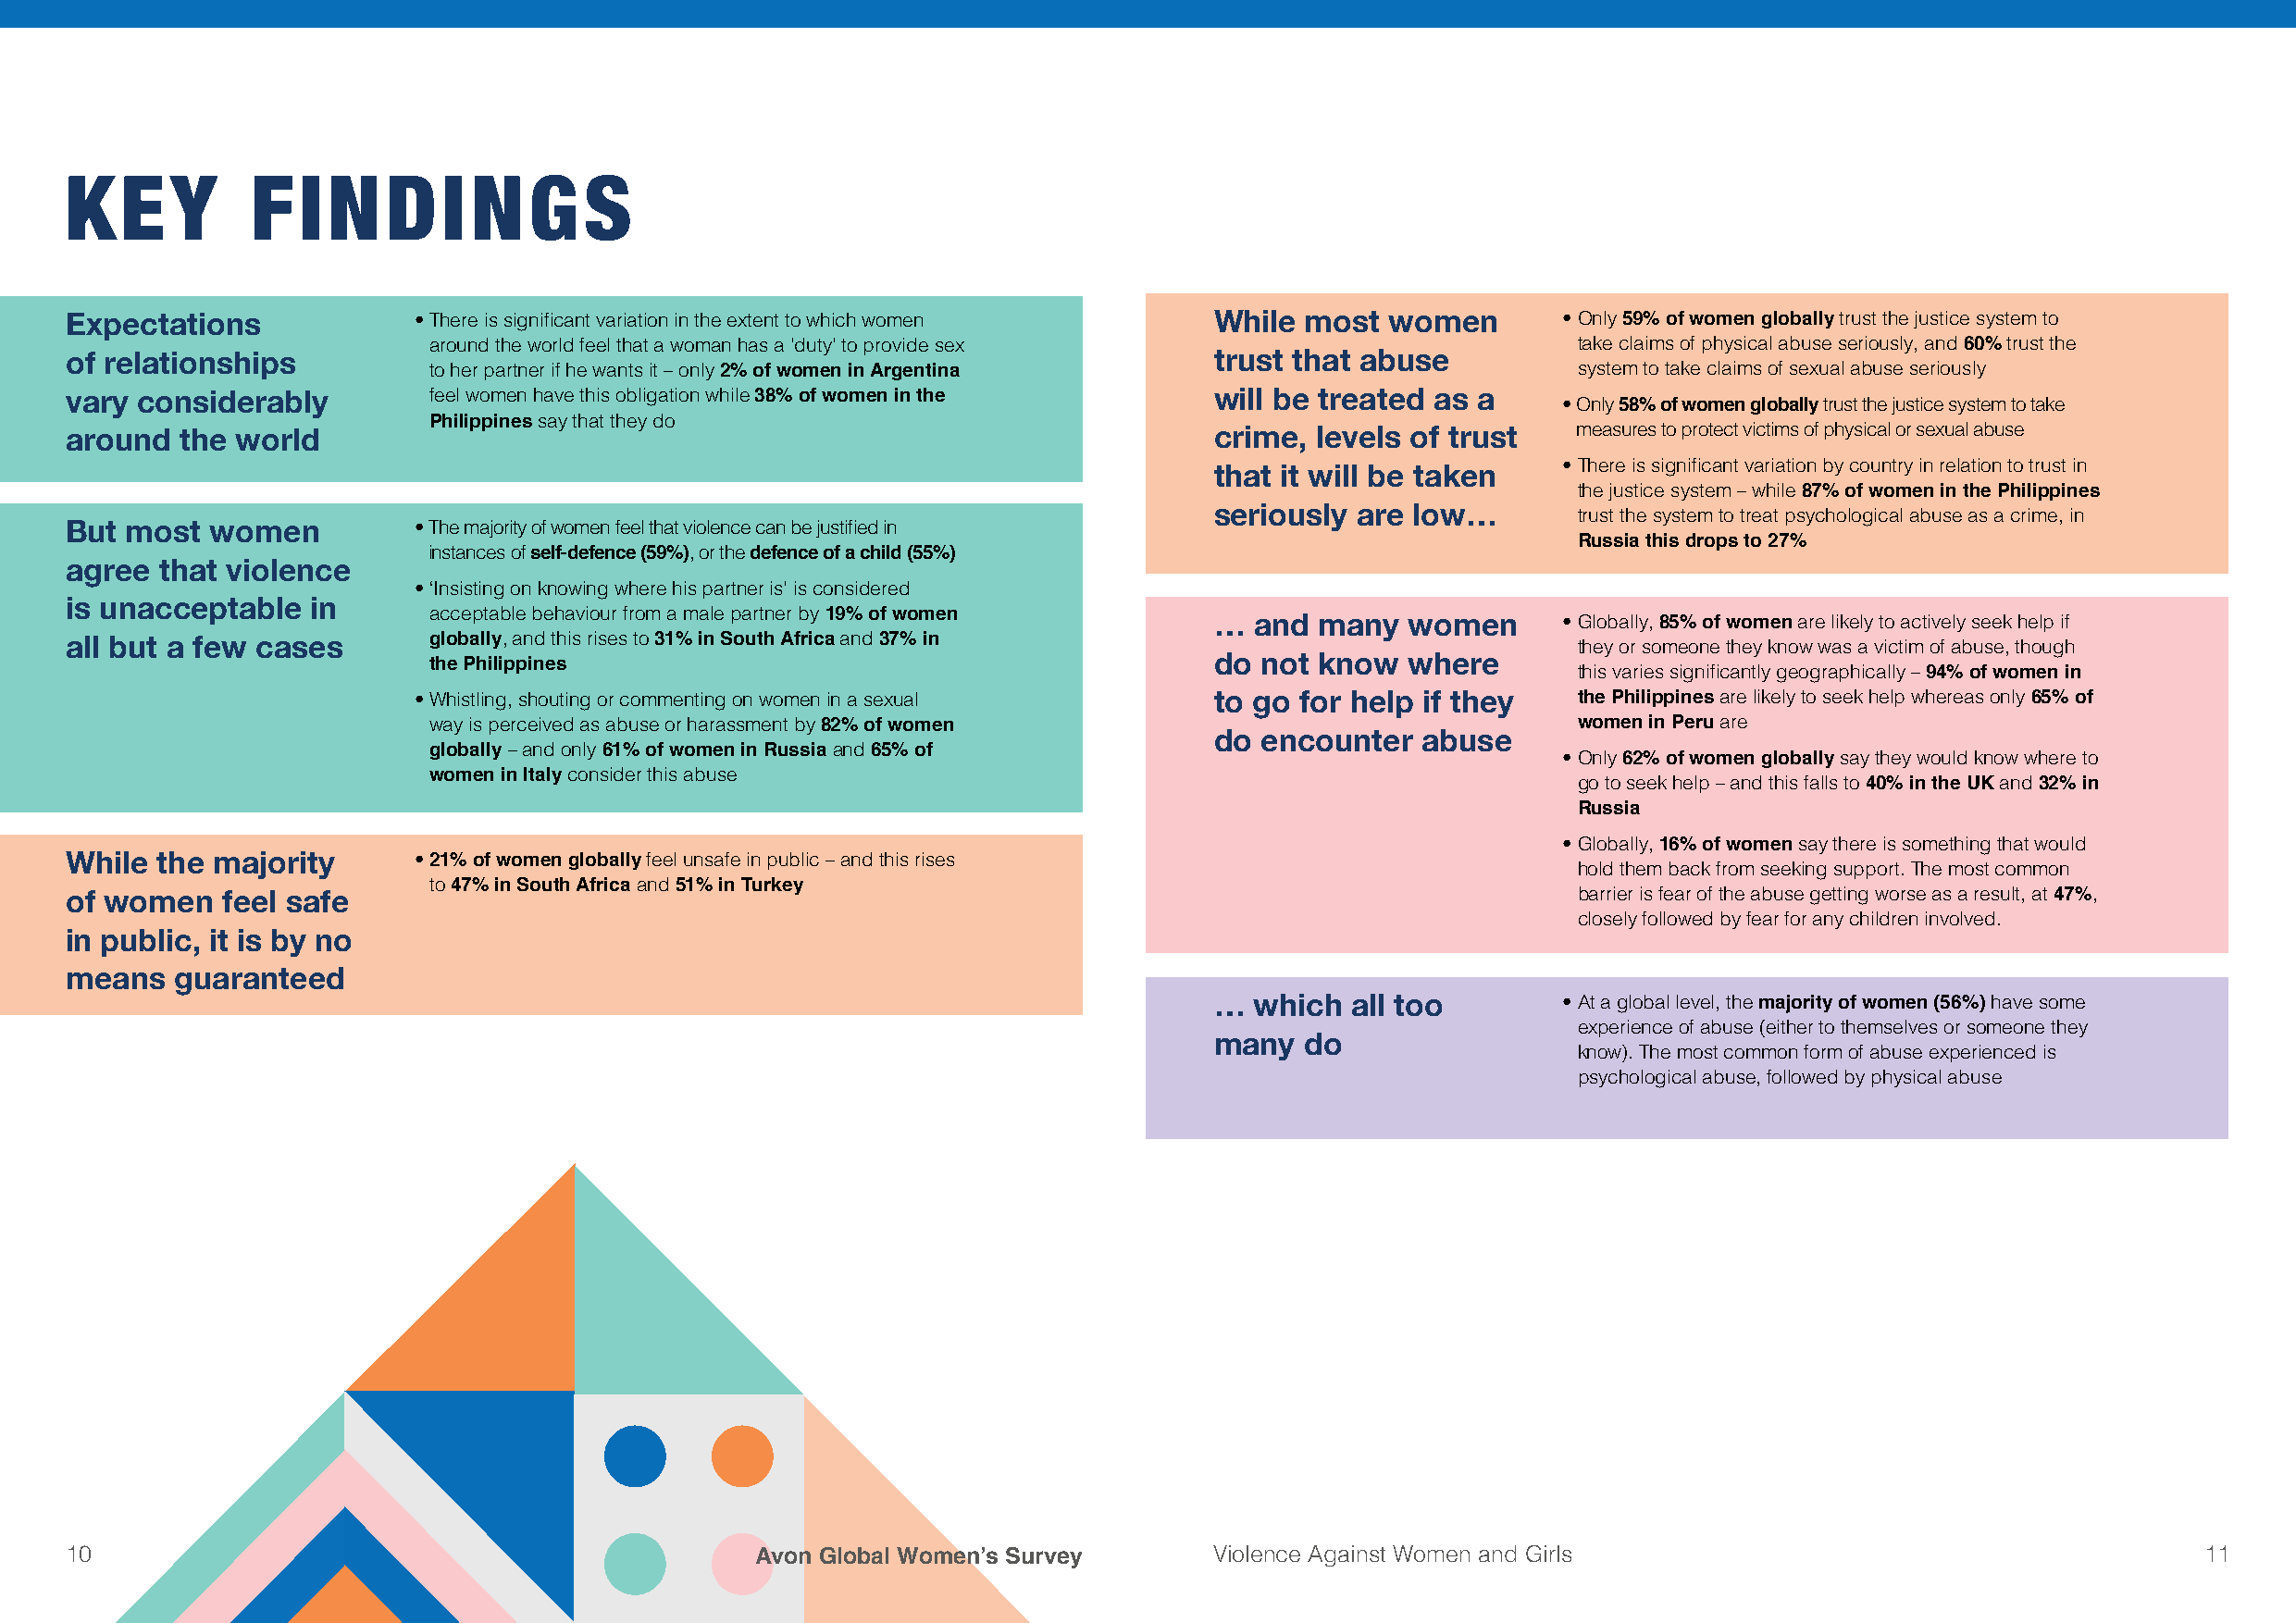
KEY          FINDINGS
 Expectations             • There is significant variation in the extent to which women While most women    • Only 59% of women globally trust the justice system to
 around the world feel that a woman has a ’duty’ to provide sex                    take claims of physical abuse seriously, and 60% trust the
 of relationships                                                                  trust that abuse
 to her partner if he wants it – only 2% of women in Argentina                     system to take claims of sexual abuse seriously
 vary considerably         feel women have this obligation while 38% of women in the will be treated as a
 • Only 58% of women globally trust the justice system to take
 Philippines say that they do
 around  the world                                                                 crime, levels of trust    measures to protect victims of physical or sexual abuse
 that it will be taken    • There is significant variation by country in relation to trust in
 the justice system – while 87% of women in the Philippines
 seriously are low…
 trust the system to treat psychological abuse as a crime, in
 But most  women          • T he majority of women feel that violence can be justified in
 Russia this drops to 27%
 instances of self-defence (59%), or the defence of a child (55%)
 agree that violence
 • ‘Insisting on knowing where his partner is’ is considered
 is unacceptable  in
 acceptable behaviour from a male partner by 19% of women … and many   women      • Globally, 85% of women are likely to actively seek help if
 all but a few cases       globally, and this rises to 31% in South Africa and 37% in                        they or someone they know was a victim of abuse, though
 do not know   where
 the Philippines                                                                   this varies significantly geographically – 94% of women in
 • Whistling, shouting or commenting on women in a sexual to go for help if they    the Philippines are likely to seek help whereas only 65% of
 way is perceived as abuse or harassment by 82% of women                           women in Peru are
 do encounter   abuse
 globally – and only 61% of women in Russia and 65% of                            • Only 62% of women globally say they would know where to
 women in Italy consider this abuse                                                go to seek help – and this falls to 40% in the UK and 32% in
 Russia
 • Globally, 16% of women say there is something that would
 While the majority       • 21% of women globally feel unsafe in public – and this rises
 hold them back from seeking support. The most common
 to 47% in South Africa and 51% in Turkey
 of women   feel safe                                                                                        barrier is fear of the abuse getting worse as a result, at 47%,
 closely followed by fear for any children involved.
 in public, it is by no
 means  guaranteed
 …  which  all too        • At a global level, the majority of women (56%) have some
 experience of abuse (either to themselves or someone they
 many  do
 know). The most common form of abuse experienced is
 psychological abuse, followed by physical abuse
 10                                               Avon Global Women’s Survey       Violence Against Women and Girls                                       11